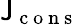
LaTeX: \mathsf{J}_{\mathrm{{~c~o~n~s~}}}